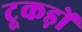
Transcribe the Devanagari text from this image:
टूकड़ों